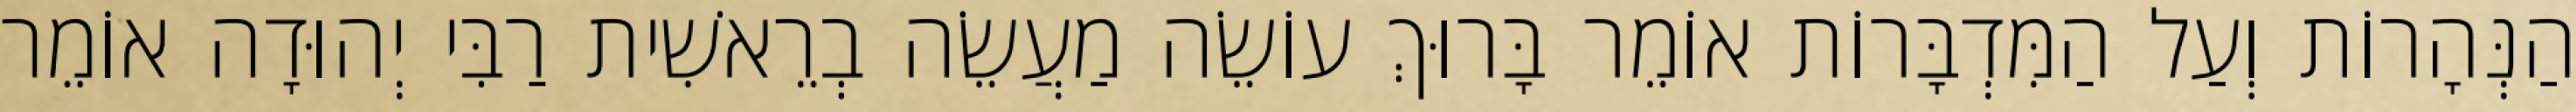
הַנְּהָרוֹת וְעַל הַמִּדְבָּרוֹת אוֹמֵר בָּרוּךְ עוֹשֵׂה מַעֲשֵׂה בְרֵאשִׁית רַבִּי יְהוּדָה אוֹמֵר